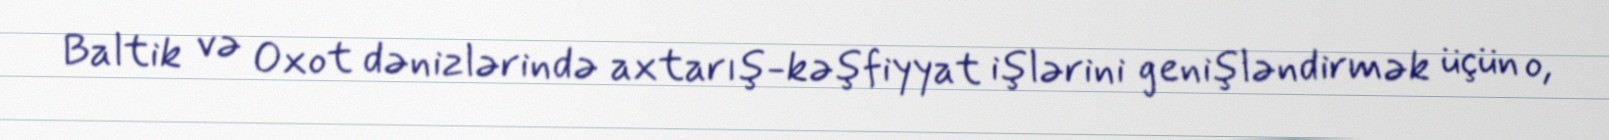
Baltik və Oxot dənizlərində axtarış-kəşfiyyat işlərini genişləndirmək üçün o,